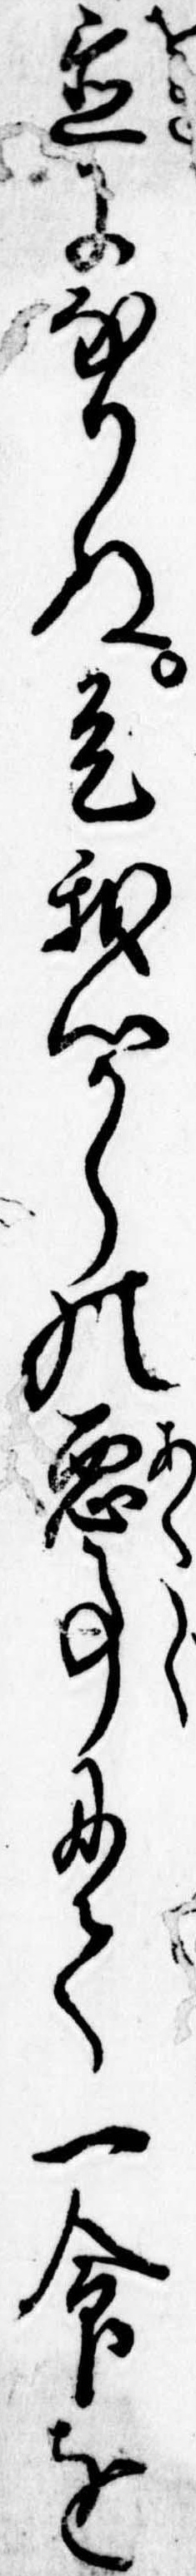
置になりぬ是我心からの悪事にて一命を